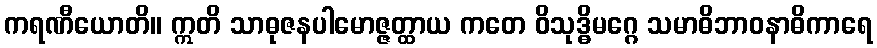
ကရဏီယောတိ။ ဣတိ သာဓုဇနပါမောဇ္ဇတ္ထာယ ကတေ ဝိသုဒ္ဓိမဂ္ဂေ သမာဓိဘာဝနာဓိကာရေ